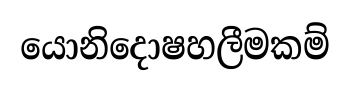
යොනිදොෂහලීමකම්